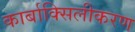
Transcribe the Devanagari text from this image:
कार्बाक्सिलीकरण